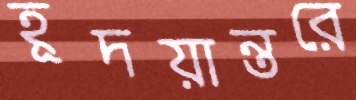
হূদয়ান্তরে